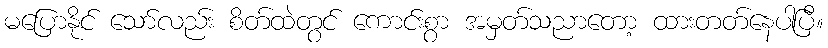
မပြောနိုင် သော်လည်း စိတ်ထဲတွင် ကောင်းစွာ အမှတ်သညာတော့ ထားတတ်နေပါပြီ။